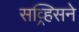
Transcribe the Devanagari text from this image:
सव्र्हिसने